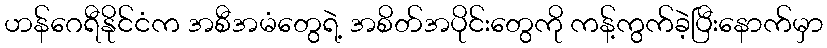
ဟန်ဂေရီနိုင်ငံက အစီအမံတွေရဲ့ အစိတ်အပိုင်းတွေကို ကန့်ကွက်ခဲ့ပြီးနောက်မှာ